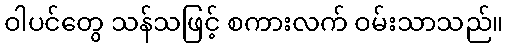
ဝါပင်တွေ သန်သဖြင့် စကားလက် ဝမ်းသာသည်။